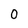
Character: 0